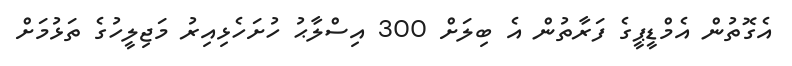
އެގޮތުން އެމްޑީޕީގެ ފަރާތުން އެ ބިލަށް 300 އިސްލާޙު ހުށަހެޅިއިރު މަޖިލީހުގެ ތަޅުމަށް